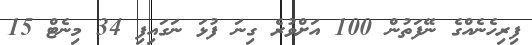
ފިރިހެނެއްގެ ނޭފަތުން 100 އަށްވުރެ ގިނަ ފުޅަ ނަގައިފި 34 މިނެޓް 15